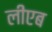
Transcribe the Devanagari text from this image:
लीएब